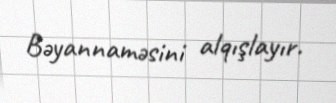
Bəyannaməsini alqışlayır.